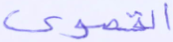
القصوى